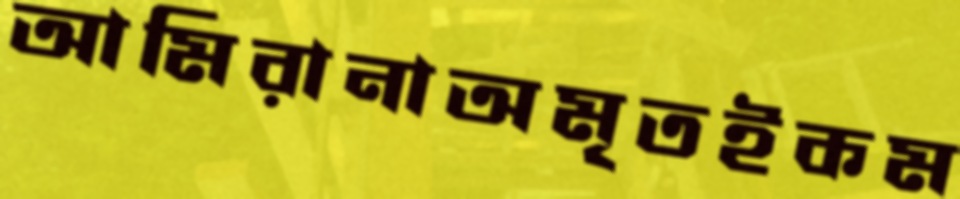
আমিরানাঅমৃতইকম